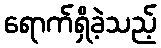
ရောက်ရှိခဲ့သည့်